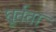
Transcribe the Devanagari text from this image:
घूर्तता